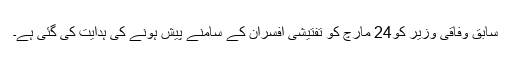
سابق وفاقی وزیر کو24 مارچ کو تفتیشی افسران کے سامنے پیش ہونے کی ہدایت کی گئی ہے۔